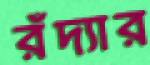
রঁদ্যার